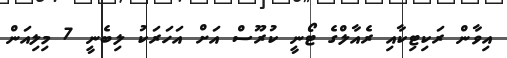
އިވާން ރަކިޓިކާއި ރެއާލްގެ ޓޯނީ ކުރޫސް އަށް އަހަރަކު ލިބެނީ 7 މިލިއަން